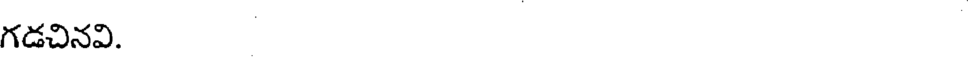
గడచినవి.